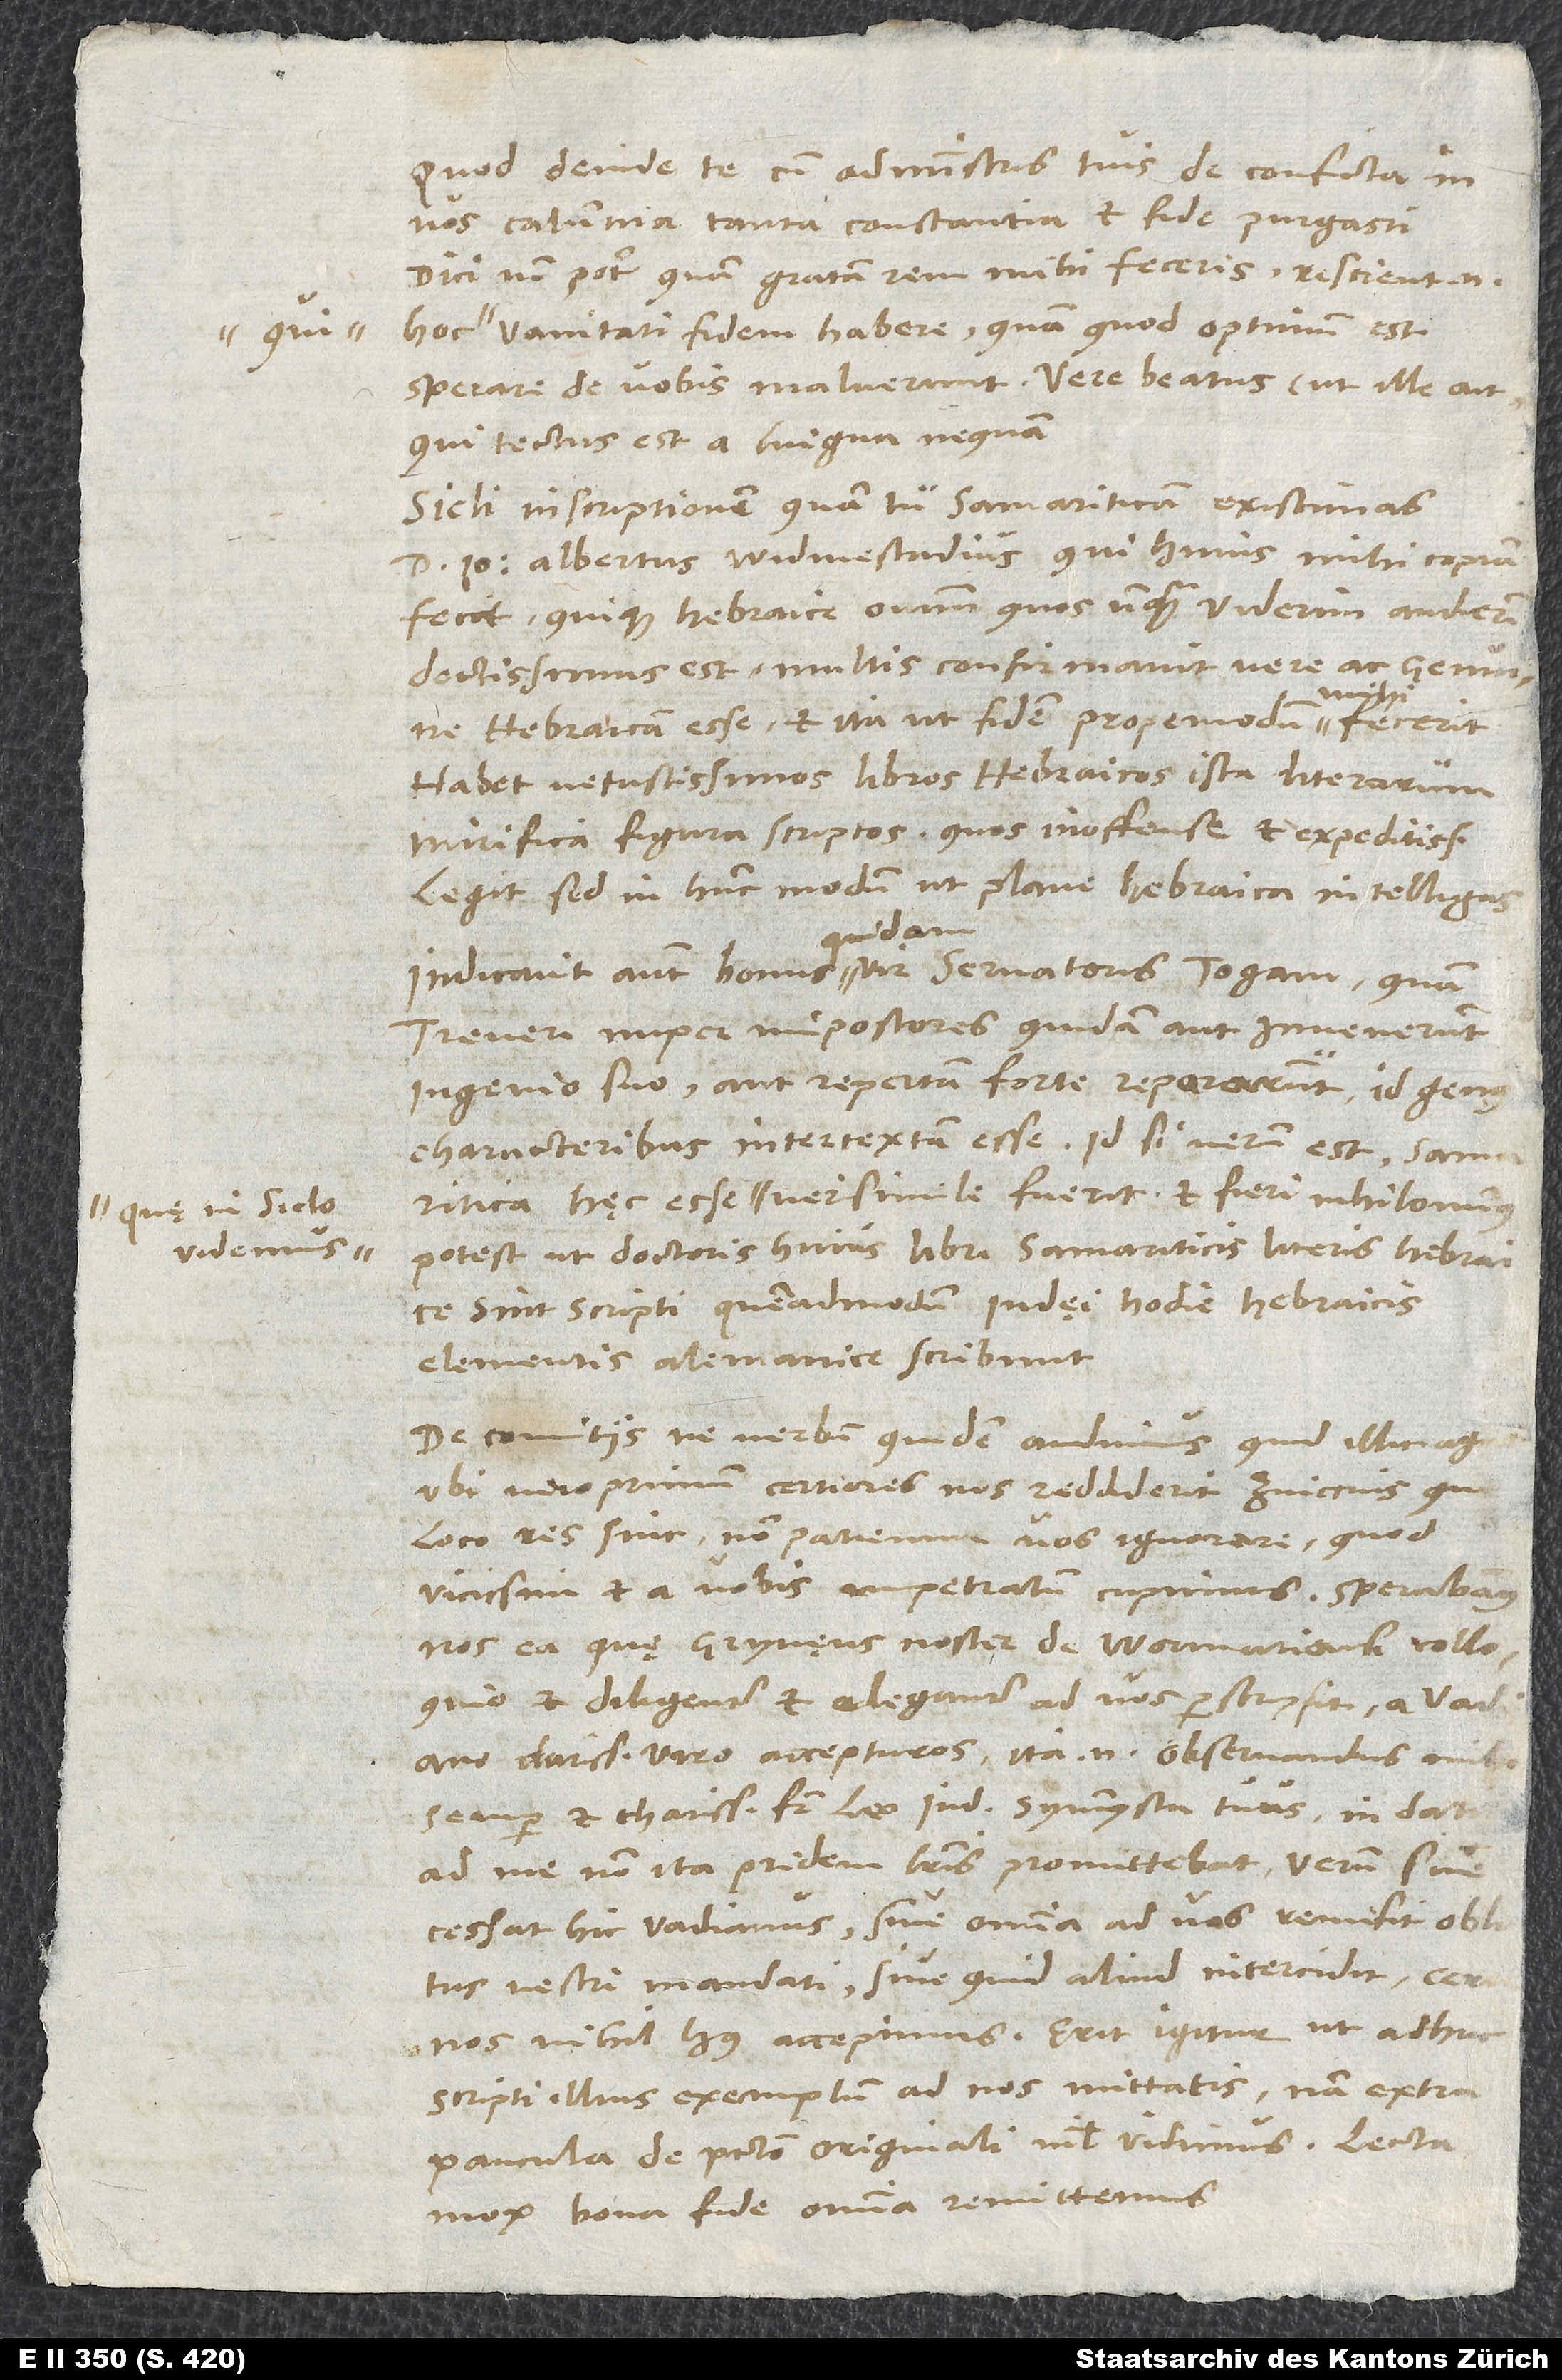
quę in siclo
videmus,

Quod deinde te cum administris tuis de conficta in
vos calumnia tanta constantia et fide purgasti,
dici non potest, quam gratam rem mihi feceris; rescient enim
vanitati fidem habere quam, quod optimum est,
sperare de vobis maluerunt. Vere „beatus“ (ut ille ait),
„qui tectus est a lingua nequam“.
Sicli inscriptionem, quam tu Samariticam existimas,
d. Ioannes Albertus Widmestadius, qui huius mihi copiam
fecit quique Hebraice omnium, quos unquam viderim audierimque,
doctissimus est, multis confirmavit vere ac genuine
Hebraicam esse et ita, ut fidem propemodum mihi fecerit.
Habet vetustissimos libros Hebraicos ista literarum
mirifica figura scriptos, quos inoffense et expeditissime
legit, sed in hunc modum, ut plane Hebraica intelligas.
Indicavit autem bonus quidam vir servatoris togam, quam
Treveri nuper impostores quidam aut invenerunt
ingenio suo aut repertam forte repararunt, id genus
characteribus intertextum esse. Id si verum est, Samaritica
verisimile fuerit, et fieri nihilominus
potest, ut doctoris huius libri Samariticis literis Hebraice
sint scripti, quemadmodum Iudęi hodie Hebraicis
elementis Alemanice scribunt.
De comitiis ne verbum quidem audimus, quid illic aga
loco res sint, non patiemur vos ignorare, quod
vicissim et a vobis impetratum cupimus. Sperabam
nos ea, quę Grynęus noster de Wormaciensi colloquio
et diligenter et eleganter ad vos perscripsit, a Vadiano,
charissimo viro, accepturos; ita enim observandus mihi
semper et charissimus frater Leo Iud, symmysta tuus, in datis
ad me non ita pridem literis promittebat. Verum, sive
cessat hic Vadianus sive omnia ad vos remisit oblitus
vestri mandati sive quid aliud intercidit, certe
nos nihil huius accepimus; erit igitur, ut adhuc
scripti illius exemplum ad nos mittatis; nam extra
paucula de peccato originali nihil vidimus. Lecta
mox bona fide omnia remittimus.